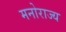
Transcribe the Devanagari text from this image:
मनोराज्य